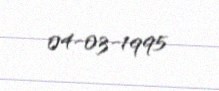
04-03-1995